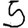
Digit: 5